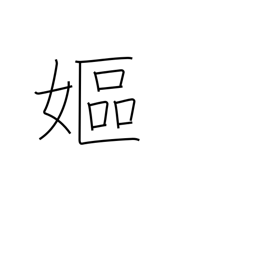
Meaning: old woman